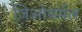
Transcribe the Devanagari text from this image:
जिओथर्मल